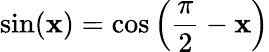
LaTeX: \sin(\mathbf{x})=\cos\left({\frac{{\pi}}{{2}}}-\mathbf{x}\right)